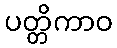
ပတ္တိကာဝ